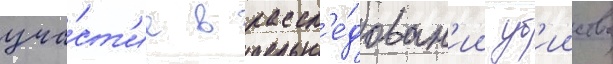
уча́ст'ие в рассл'е́дован'ии уб'ииства